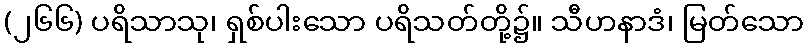
(၂၆၆) ပရိသာသု၊ ရှစ်ပါးသော ပရိသတ်တို့၌။ သီဟနာဒံ၊ မြတ်သော